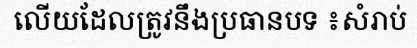
លើយដែលត្រូវនឹងប្រធានបទ ៖សំរាប់